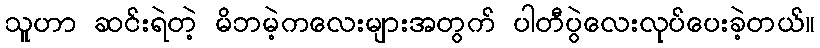
သူဟာ ဆင်းရဲတဲ့ မိဘမဲ့ကလေးများအတွက် ပါတီပွဲလေးလုပ်ပေးခဲ့တယ်။